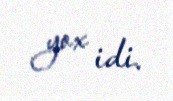
yox idi.